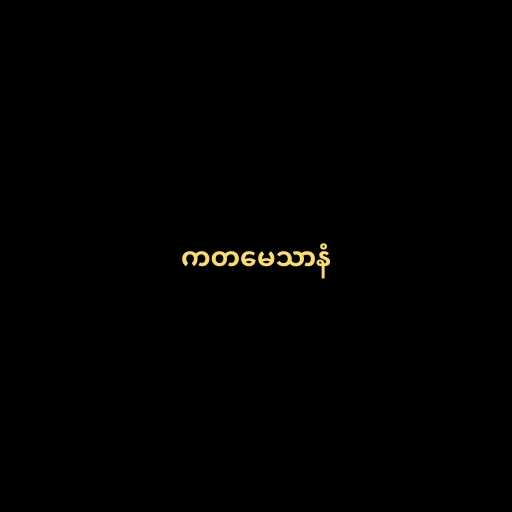
ကတမေသာနံ